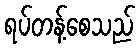
ရပ်တန့်စေသည်